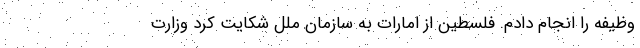
وظیفه را انجام دادم. فلسطین از امارات به سازمان ملل شکایت کرد وزارت